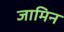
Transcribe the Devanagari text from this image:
जामिन